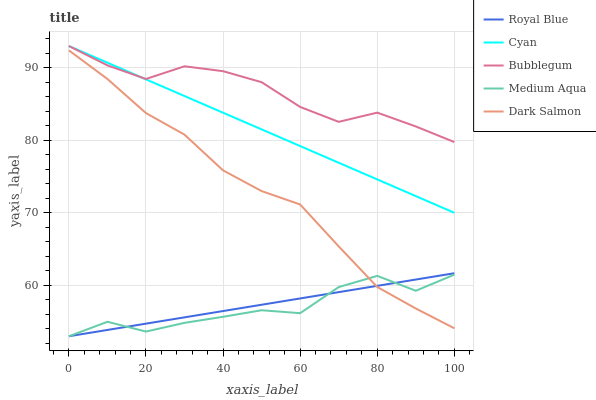
| xaxis_label | Royal Blue | Cyan | Bubblegum | Medium Aqua | Dark Salmon |
 | --- | --- | --- | --- | --- | --- |
 | 0 | 53 | 93 | 93 | 53 | 92.4 |
 | 10 | 53.9 | 90.7 | 90.3 | 55 | 88.5 |
 | 20 | 54.7 | 88.4 | 88.5 | 53.6 | 83.8 |
 | 30 | 55.6 | 86.1 | 90.2 | 54.8 | 80.8 |
 | 40 | 56.5 | 83.8 | 89.5 | 55.7 | 75.9 |
 | 50 | 57.3 | 81.5 | 88 | 56.6 | 73 |
 | 60 | 58.2 | 79.2 | 84.6 | 56.2 | 71.2 |
 | 70 | 59.1 | 76.9 | 82.5 | 59.8 | 65.4 |
 | 80 | 59.9 | 74.6 | 83.8 | 61.3 | 59.8 |
 | 90 | 60.8 | 72.3 | 81.9 | 59.3 | 56.8 |
 | 100 | 61.7 | 70 | 79.8 | 61.5 | 54.1 |